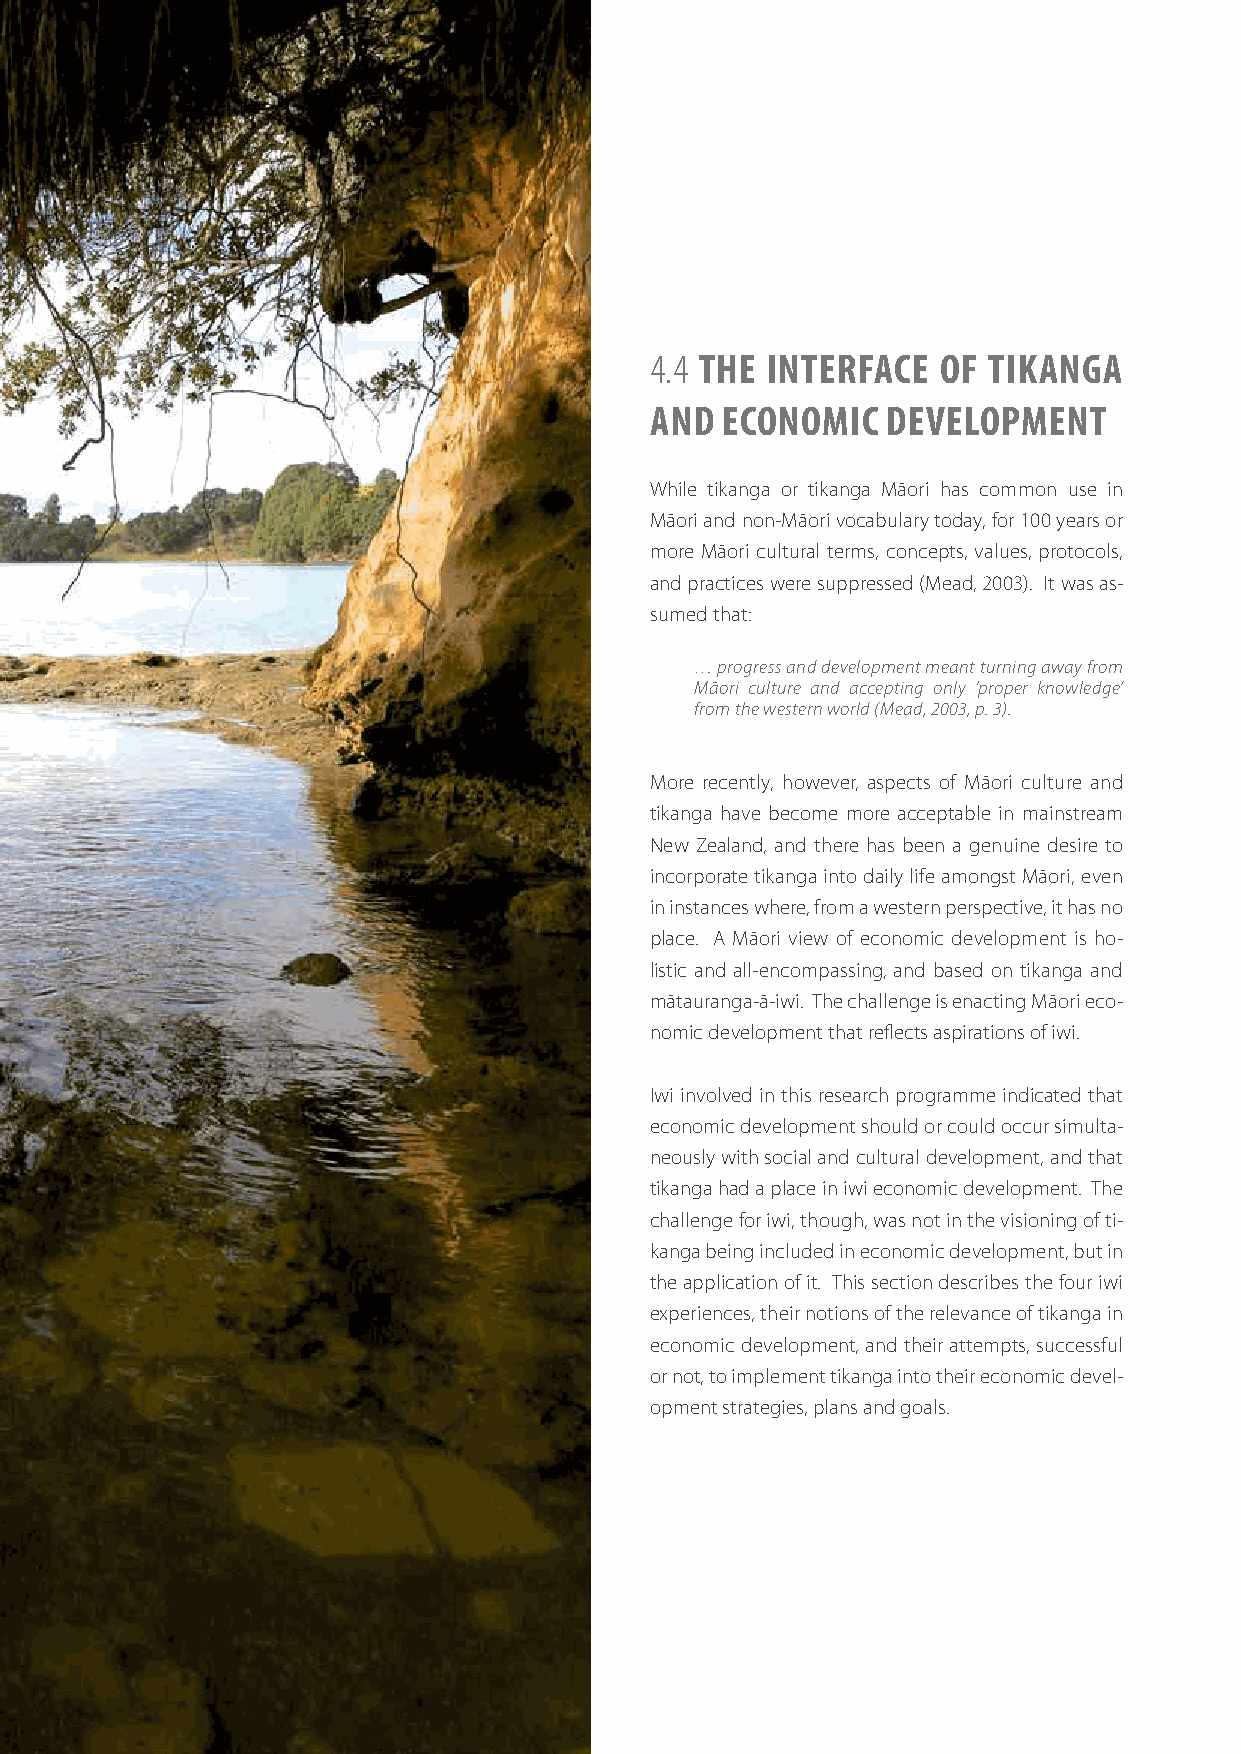
4.4 THE INTERFACE  OF TIKANGA
 AND  ECONOMIC   DEVELOPMENT
 While tikanga or tikanga Māori has common use in
 Māori and non-Māori vocabulary today, for 100 years or
 more Māori cultural terms, concepts, values, protocols,
 and practices were suppressed (Mead, 2003). It was as-
 sumed that:
 … progress and development meant turning away from
 Māori culture and accepting only ‘proper knowledge’
 from the western world (Mead, 2003, p. 3).
 More recently, however, aspects of Māori culture and
 tikanga have become more acceptable in mainstream
 New Zealand, and there has been a genuine desire to
 incorporate tikanga into daily life amongst Māori, even
 in instances where, from a western perspective, it has no
 place. A Māori view of economic development is ho-
 listic and all-encompassing, and based on tikanga and
 mātauranga-ā-iwi. The challenge is enacting Māori eco-
 nomic development that reflects aspirations of iwi.
 Iwi involved in this research programme indicated that
 economic development should or could occur simulta-
 neously with social and cultural development, and that
 tikanga had a place in iwi economic development. The
 challenge for iwi, though, was not in the visioning of ti-
 kanga being included in economic development, but in
 the application of it. This section describes the four iwi
 experiences, their notions of the relevance of tikanga in
 economic development, and their attempts, successful
 or not, to implement tikanga into their economic devel-
 opment strategies, plans and goals.